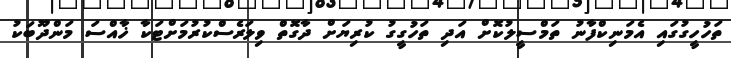
ތަހުހީގުގައި އެމަނިކްފާނު ތަމްސީލުކޮށް އަދި ތަހުގީގު ކުރިޔަށް ދާގޮތް ވިލަރެސްކުރުމަށްޓަކާ ޚާއްސަ މަންދޫބަކު